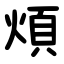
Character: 煩